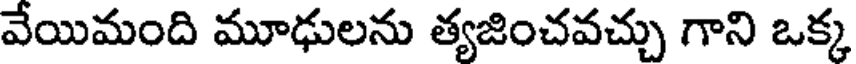
వేయిమంది మూఢులను త్యజించవచ్చు గాని ఒక్క